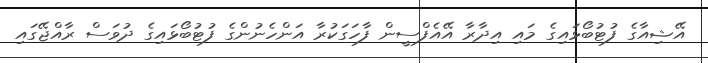
އޭޝިއާގެ ފުޓުބޯޅައިގެ މައި އިދާރާ އޭއެފްސީން ފާހަގަކުރާ އަންހެނުންގެ ފުޓުބޯޅައިގެ ދުވަސް ރާއްޖޭގައި